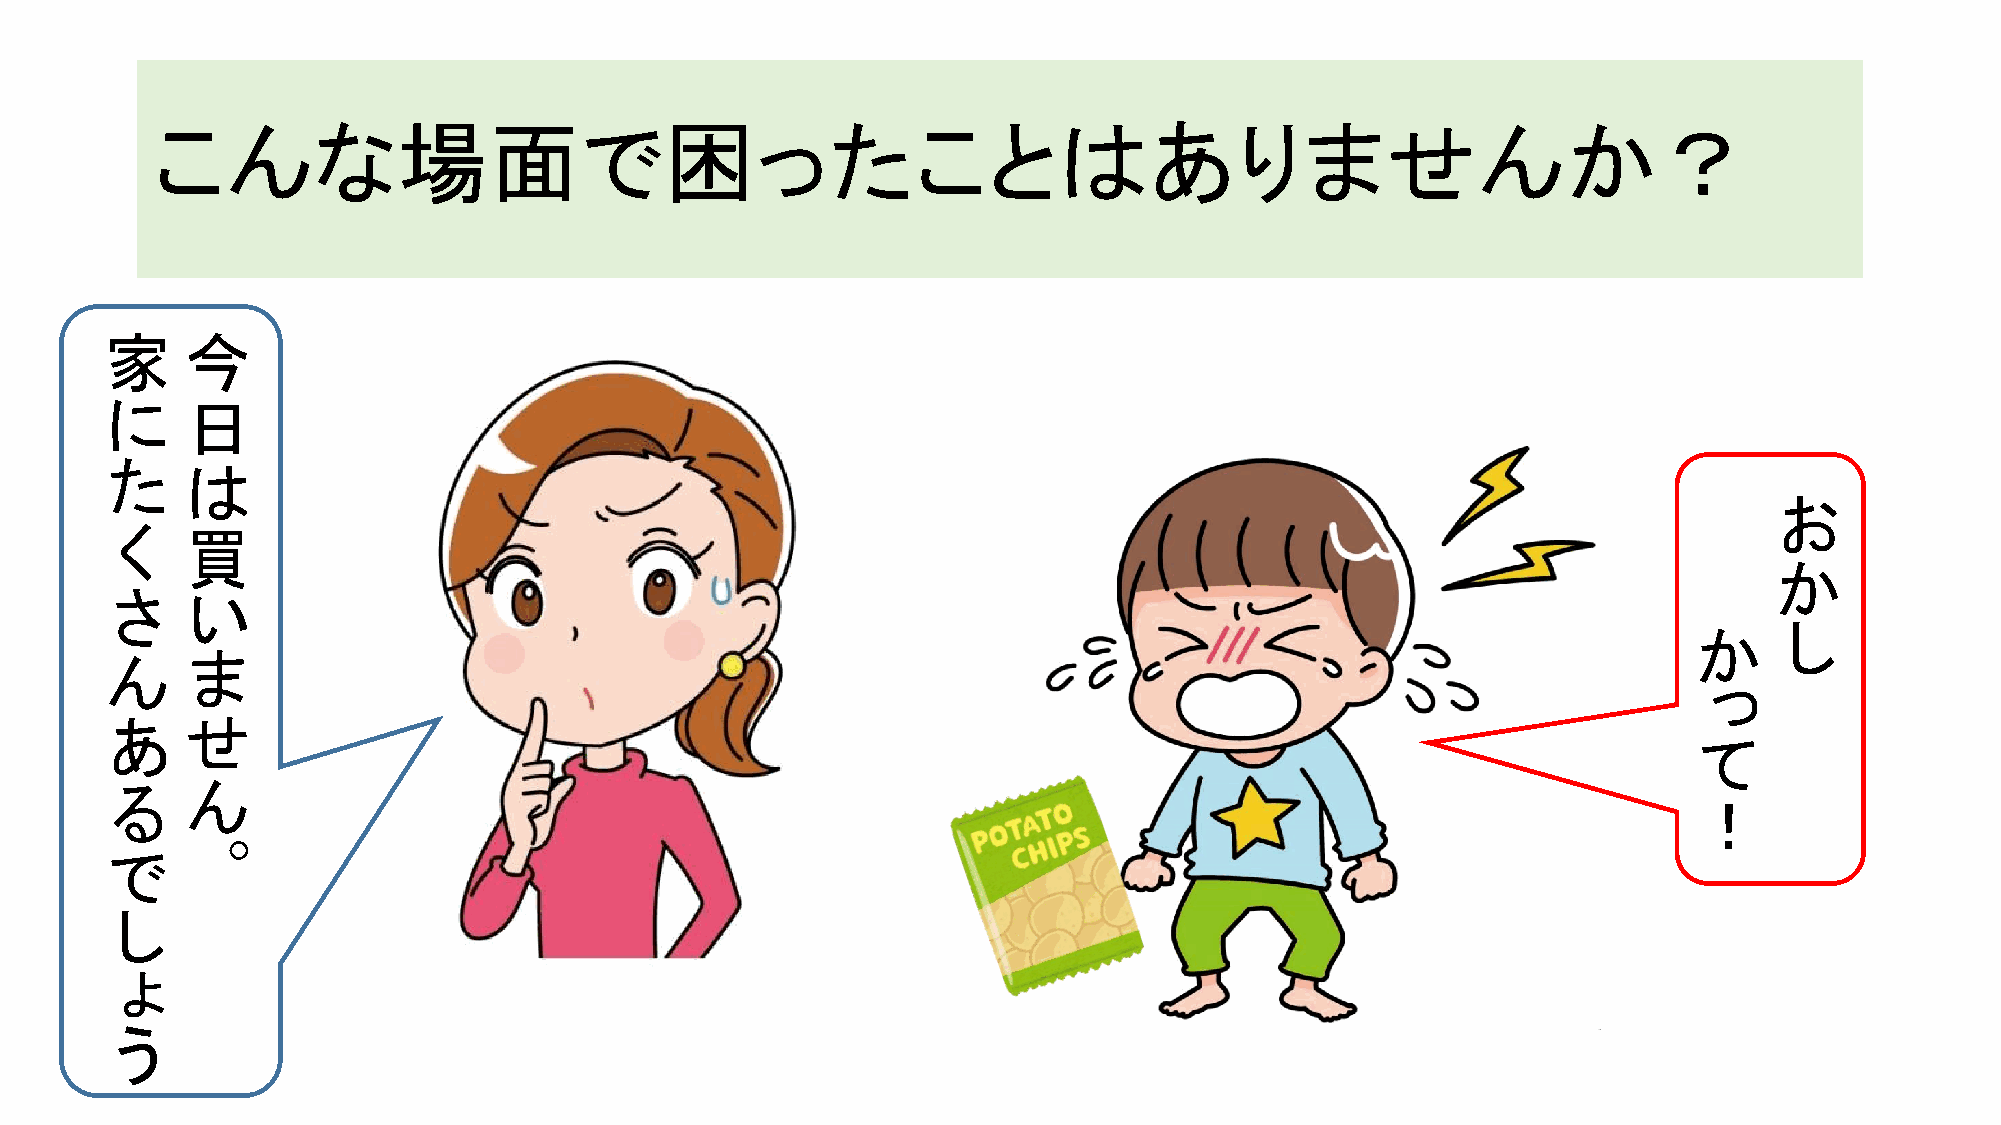
こんな場面で困ったことはありませんか？
 家    今
 に    日
 た
 は
 お
 く    買
 か
 さ
 い
 か    し
 ん    ま
 っ
 あ    せ
 て
 る    ん
 ！
 。
 で
 し
 ょ
 う